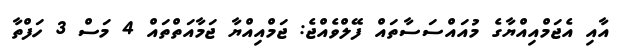
އާއި އެޖަމްއިއްޔާގެ މުއައްސަސާތައް ފޭލްވެއްޖެ: ޖަމްއިއްޔާ ޖަމާއަތްތައް 4 މަސް 3 ހަފްތާ